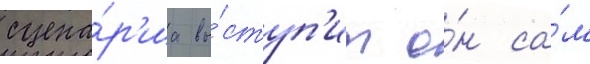
сцена́р'иа вы́ступ'ит о́н са́м